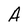
Character: A